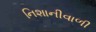
નિશાનીવાળી